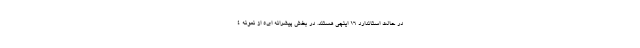
در حالت استاندارد 16 اینچی هستند. در بخش پیشرانه اِی5 از نمونه 4